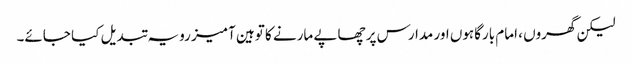
لیکن گھروں ، امام بارگاہوں اور مدارس پر چھاپے مارنے کا توہین آمیز رویہ تبدیل کیا جائے۔